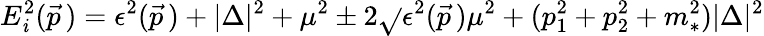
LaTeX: E_{\mathit{i}}^{2}(\vec{{p\, }})=\epsilon^{2}(\vec{{p\, }})+|\Delta|^{2}+\mu^{2}\pm2\sqrt{}{{\epsilon^{2}(\vec{{p\, }})\mu^{2}+(p_{1}^{2}+p_{2}^{2}+m_{*}^{2})|\Delta|^{2}}}